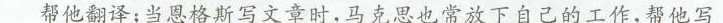
帮他翻译;当恩格斯写文章时，马克思也常放下自己的工作，帮他写